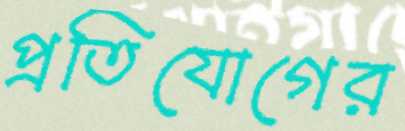
প্রতিযোগের